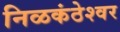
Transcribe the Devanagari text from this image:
निळकंठेश्वर